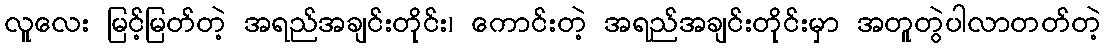
လူလေး မြင့်မြတ်တဲ့ အရည်အချင်းတိုင်း၊ ကောင်းတဲ့ အရည်အချင်းတိုင်းမှာ အတူတွဲပါလာတတ်တဲ့